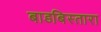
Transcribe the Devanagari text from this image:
बाडबिस्तारा